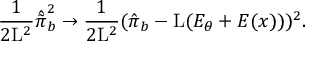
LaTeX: \frac { 1 } { 2 \mathrm { L } ^ { 2 } } \hat { \tilde { \pi } } _ { b } ^ { 2 } \rightarrow \frac { 1 } { 2 \mathrm { L } ^ { 2 } } ( \hat { \pi } _ { b } - \mathrm { L } ( { \cal E } _ { \theta } + { \cal E } ( x ) ) ) ^ { 2 } .